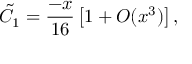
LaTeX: \tilde { C } _ { 1 } = \frac { - x } { 1 6 } \left[ 1 + { \cal { O } } ( x ^ { 3 } ) \right] ,